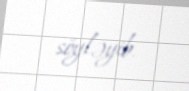
söyləyib.